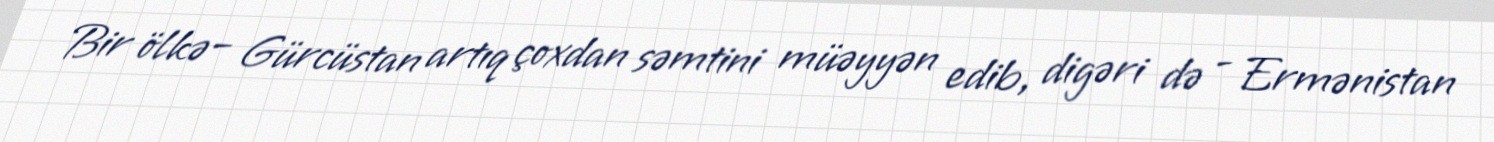
Bir ölkə– Gürcüstan artıq çoxdan səmtini müəyyən edib, digəri də - Ermənistan